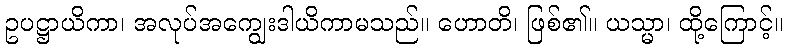
ဥပဋ္ဌာယိကာ၊ အလုပ်အကျွေးဒါယိကာမသည်။ ဟောတိ၊ ဖြစ်၏။ ယသ္မာ၊ ထို့ကြောင့်။